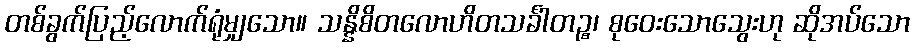
တစ်ခွက်ပြည့်လောက်ရုံမျှသော။ သန္နိစိတလောဟိတသင်္ခါတဉ္စ၊ စုဝေးသောသွေးဟု ဆိုအပ်သော